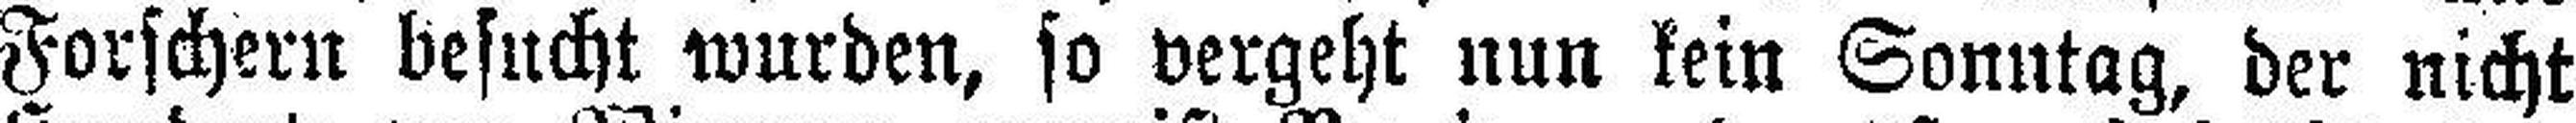
Forschern besucht wurden, so vergeht nun kein Sonntag, der nicht